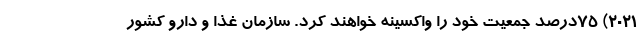
۲۰۲۱) ۷۵درصد جمعیت خود را واکسینه خواهند کرد. سازمان غذا و دارو کشور